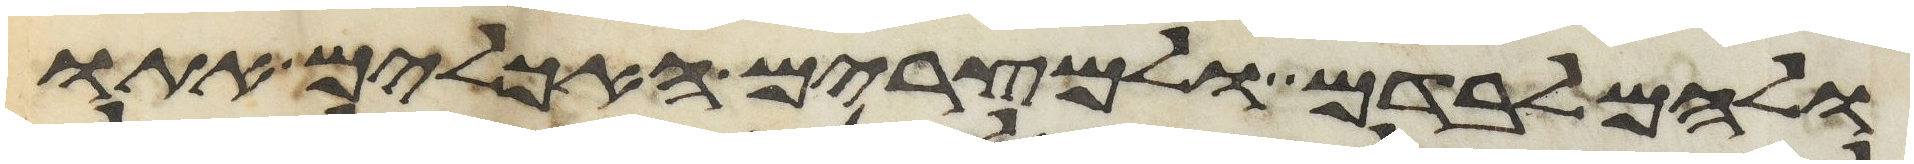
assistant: ולהם לבדם ולמצרים האכלים אתו